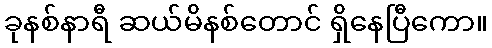
ခုနစ်နာရီ ဆယ်မိနစ်တောင် ရှိနေပြီကော။